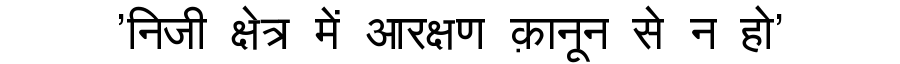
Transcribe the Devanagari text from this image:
'निजी क्षेत्र में आरक्षण क़ानून से न हो'